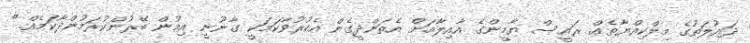
ދައުލަތުގެ މިލްކިއްޔާތެއް. ރައީސް ޔާމީންގެ އާއިލާއަށް އެތަންދީގެން އެކުރުވާކަމަކީ ގާނޫނީ އިމުން ބޭރުންކުރަމުންދާކަމެއް."